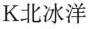
K北冰洋